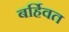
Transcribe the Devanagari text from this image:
बर्हिवत